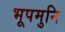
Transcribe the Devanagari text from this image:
भूपमुनि